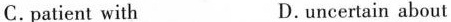
C. patient with D. uncertåin about